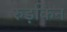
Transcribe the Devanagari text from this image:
रुड़किन